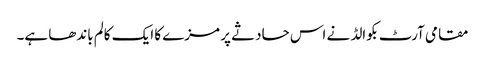
مقامی آرٹ بکوالڈ نے اس حادثے پر مزے کا ایک کالم باندھا ہے۔